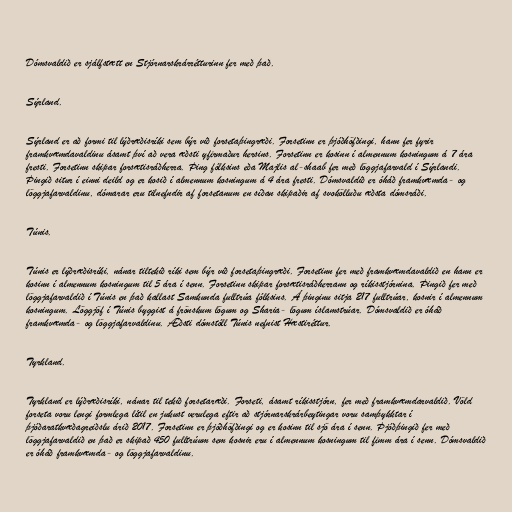
Dómsvaldið er sjálfstætt en Stjórnarskrárrétturinn fer með það.

Sýrland.

Sýrland er að formi til lýðræðisríki sem býr við forsetaþingræði. Forsetinn er þjóðhöfðingi, hann fer fyrir
framkvæmdavaldinu ásamt því að vera æðsti yfirmaður hersins. Forsetinn er kosinn í almennum kosningum á 7 ára
fresti. Forsetinn skipar forsætisráðherra. Þing fólksins eða Majlis al-shaab fer með löggjafarvald í Sýrlandi.
Þingið situr í einni deild og er kosið í almennum kosningum á 4 ára fresti. Dómsvaldið er óháð framkvæmda- og
löggjafarvaldinu, dómarar eru tilnefndir af forsetanum en síðan skipaðir af svokölluðu æðsta dómsráði.

Túnis.

Túnis er lýðræðisríki, nánar tiltekið ríki sem býr við forsetaþingræði. Forsetinn fer með framkvæmdavaldið en hann er
kosinn í almennum kosningum til 5 ára í senn. Forsetinn skipar forsætisráðherrann og ríkisstjórnina. Þingið fer með
löggjafarvaldið í Túnis en það kallast Samkunda fulltrúa fólksins. Á þinginu sitja 217 fulltrúar, kosnir í almennum
kosningum. Löggjöf í Túnis byggist á frönskum lögum og Sharia- lögum íslamstrúar. Dómsvaldið er óháð
framkvæmda- og löggjafarvaldinu. Æðsti dómstóll Túnis nefnist Hæstiréttur.

Tyrkland.

Tyrkland er lýðræðisríki, nánar til tekið forsetaræði. Forseti, ásamt ríkisstjórn, fer með framkvæmdarvaldið. Völd
forseta voru lengi formlega lítil en jukust verulega eftir að stjórnarskrárbeytingar voru samþykktar í
þjóðaratkvæðagreiðslu árið 2017. Forsetinn er þjóðhöfðingi og er kosinn til sjö ára í senn. Þjóðþingið fer með
löggjafarvaldið en það er skipað 450 fulltrúum sem kosnir eru í almennum kosningum til fimm ára í senn. Dómsvaldið
er óháð framkvæmda- og löggjafarvaldinu.